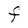
Character: F